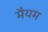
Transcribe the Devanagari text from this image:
मैयम